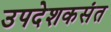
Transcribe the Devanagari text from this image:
उपदेशकसंत